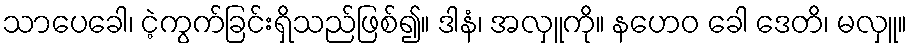
သာပေခေါ၊ ငဲ့ကွက်ခြင်းရှိသည်ဖြစ်၍။ ဒါနံ၊ အလှူကို။ နဟေဝ ခေါ ဒေတိ၊ မလှူ။